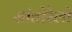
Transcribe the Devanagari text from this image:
सांतोरेलो